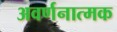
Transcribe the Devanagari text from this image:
अवर्णनात्मक